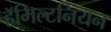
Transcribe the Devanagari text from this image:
हॅमिल्टनियन